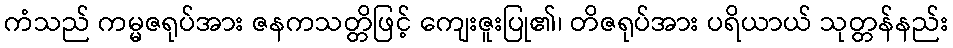
ကံသည် ကမ္မဇရုပ်အား ဇနကသတ္တိဖြင့် ကျေးဇူးပြု၏၊ တိဇရုပ်အား ပရိယာယ် သုတ္တန်နည်း